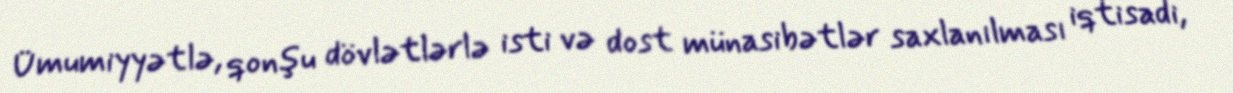
Ümumiyyətlə, qonşu dövlətlərlə isti və dost münasibətlər saxlanılması iqtisadi,